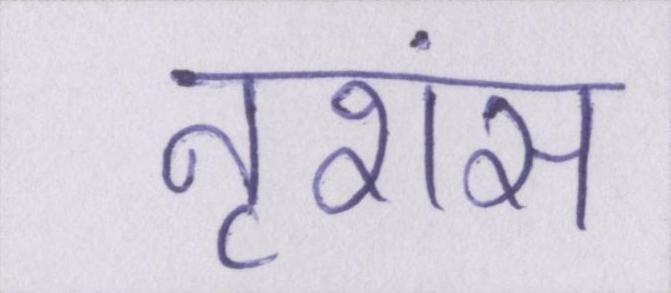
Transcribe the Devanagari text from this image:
नृशंस